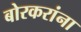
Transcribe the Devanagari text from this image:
बोरकरांना